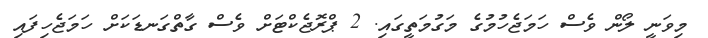
މިވަނީ ލޯން ވެސް ހަމަޖެހުމުގެ މަގުމަތީގައި. 2 ޕްރޮޖެކްޓަށް ވެސް ގާތްގަނޑަކަށް ހަމަޖެހިފައި